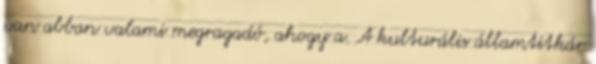
van abban valami megragadó, ahogy a. A kulturális államtitkár